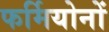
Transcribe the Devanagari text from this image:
फर्मियोनों